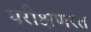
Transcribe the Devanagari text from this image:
परीक्षणरत